Vaccination report Assam 1874-1896 - 1874-1896
Year: 1874
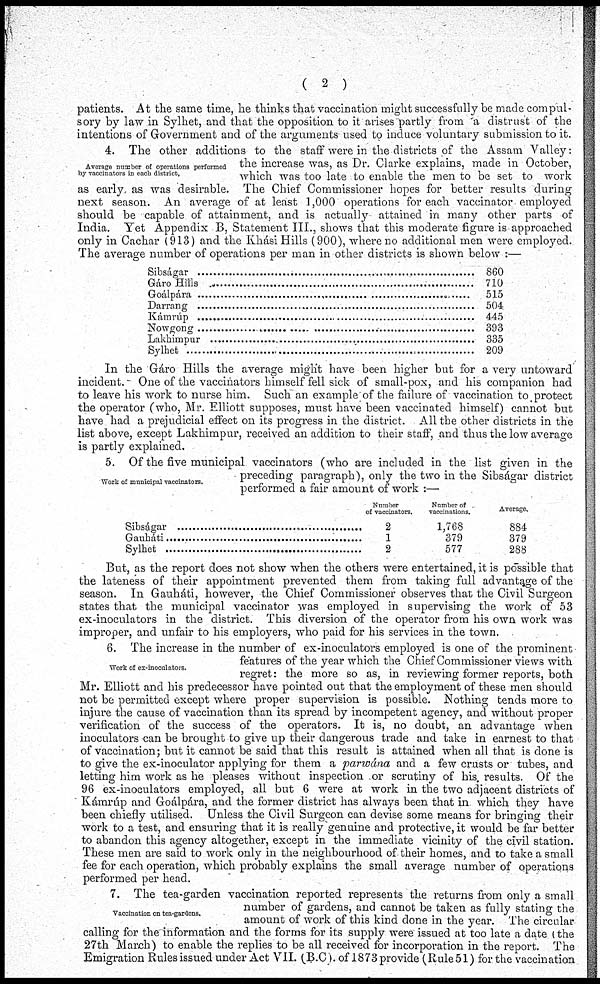
( 2 )
patients. At the same time, he thinks that vaccination might successfully be made compul-
sory by law in Sylhet, and that the opposition to it arises partly from a distrust of the
intentions of Government and of the arguments used to induce voluntary submission to it.
Average number of operations performed
by vaccinators in each district.
4. The other additions to the staff were in the districts of the Assam Valley:
the increase was, as Dr. Clarke explains, made in October,
which was too late to enable the men to be set to work
as early as was desirable. The Chief Commissioner hopes for better results during
next season. An average of at least 1,000 operations for each vaccinator employed
should be capable of attainment, and is actually- attained in many other parts of
India. Yet Appendix B, Statement III., shows that this moderate figure is approached
only in Cachar (913) and the Khási Hills (900), where no additional men were employed.
The average number of operations per man in other districts is shown below :—
Sibságar ................................
Gáro Hills
........................
Goálpára ............................
Darrang ................................
Kámrúp ................................
Nowgong ........................
Lakhimpur ........................
Sylhet ................................
860
710
515
504
445
393
335
209
In the Gáro Hills the average might have been higher but for a very untoward
incident. One of the vaccinators himself fell sick of small-pox, and his companion had
to leave his work to nurse him. Such an example of the failure of vaccination to protect
the operator (who, Mr. Elliott supposes, must have been vaccinated himself) cannot but
have had a prejudicial effect on its progress in the district. All the other districts in the
list above, except Lakhimpur, received an addition to their staff, and thus the low average
is partly explained.
Work of municipal vaccinators.
5. Of the five municipal vaccinators (who are included in the list given in the
preceding paragraph), only the two in the Sibságar district
performed a fair amount of work :—
Number
of vaccinators.
2
1
2
Number of
vaccinations.
1,768
379
577
Average,
884
379
288
But, as the report does not show when the others were entertained, it is possible that
the lateness of their appointment prevented them from taking full advantage of the
season. In Gauháti, however, the Chief Commissioner observes that the Civil Surgeon
states that the municipal vaccinator was employed in supervising the work of 53
ex-inoculators in the district. This diversion of the operator from his own work was
improper, and unfair to his employers, who paid for his services in the town.
Work of ex-inoculators.
6. The increase in the number of ex-inoculators employed is one of the prominent
features of the year which the Chief Commissioner views with
regret: the more so as, in reviewing former reports, both
Mr. Elliott and his predecessor have pointed out that the employment of these men should
not be permitted except where proper supervision is possible. Nothing tends more to
injure the cause of vaccination than its spread by incompetent agency, and without proper
verification of the success of the operators. It is, no doubt, an advantage when
inoculators can be brought to give up their dangerous trade and take in earnest to that
of vaccination; but it cannot be said that this result is attained when all that is done is
to give the ex-inoculator applying for them a parwána and a few crusts or tubes, and
letting him work as he pleases without inspection or scrutiny of his, results. Of the
96 ex-inoculators employed, all but 6 were at work in the two adjacent districts of
Kámrúp and Goálpára, and the former district has always been that in which they have
been chiefly utilised. Unless the Civil Surgeon can devise some means for bringing their
work to a test, and ensuring that it is really genuine and protective, it would be far better
to abandon this agency altogether, except in the immediate vicinity of the civil station.
These men are said to work only in the neighbourhood of their homes, and to take a small
fee for each operation, which probably explains the small average number of operations
performed per head.
Vaccination on tea-gardens.
7. The tea-garden vaccination reported represents the returns from only a small
number of gardens, and cannot be taken as fully stating the
amount of work of this kind done in the year. The circular
calling for the information and the forms for its supply were issued at too late a date ( the
27th March) to enable the replies to be all received for incorporation in the report. The
Emigration Rules issued under Act VII. (B.C). of 1873 provide (Rule51) for the vaccination